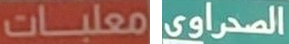
معلبات الصحراوي